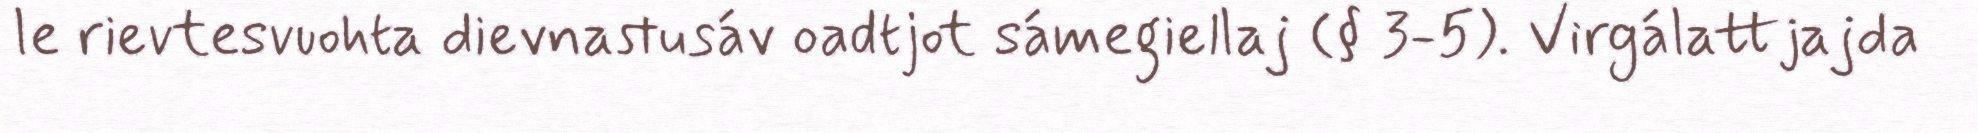
le rievtesvuohta dievnastusáv oadtjot sámegiellaj (§ 3-5). Virgálattjajda